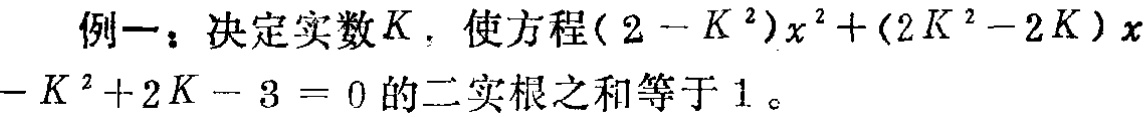
例一：决定实数\(K\)，使方程\((2 - K^{2})x^{2}+(2K^{2}-2K)x - K^{2}+2K - 3 = 0\)的二实根之和等于\(1\)。